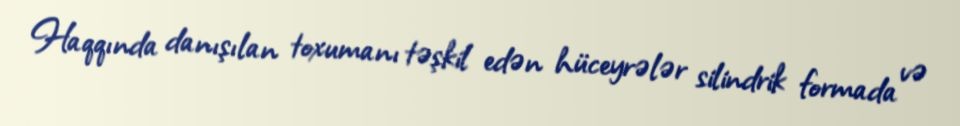
Haqqında danışılan toxumanı təşkil edən hüceyrələr silindrik formada və